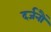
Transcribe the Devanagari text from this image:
दर्जनौं